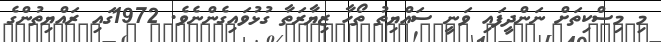
މި މިސްކިތަށް ނަންދީފައި ވަނީ ސައްޔިތު ތޯހާ ޒިޔާރަތާ ގުޅުވައިގެންނެވެ. 1972ގައި ރައްޔިތުންގެ